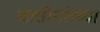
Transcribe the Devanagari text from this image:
जातीयतेच्या